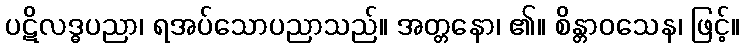
ပဋိလဒ္ဓပညာ၊ ရအပ်သောပညာသည်။ အတ္တနော၊ ၏။ စိန္တာဝသေန၊ ဖြင့်။